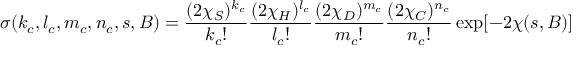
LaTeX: \sigma ( k _ { c } , l _ { c } , m _ { c } , n _ { c } , s , B ) = \frac { ( 2 \chi _ { S } ) ^ { k _ { c } } } { k _ { c } ! } \frac { ( 2 \chi _ { H } ) ^ { l _ { c } } } { l _ { c } ! } \frac { ( 2 \chi _ { D } ) ^ { m _ { c } } } { m _ { c } ! } \frac { ( 2 \chi _ { C } ) ^ { n _ { c } } } { n _ { c } ! } \exp [ - 2 \chi ( s , B ) ]